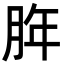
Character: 脌